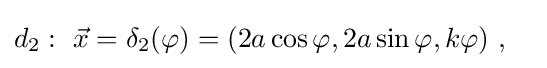
d_{2}:\ {\vec {x}}=\delta _{2}(\varphi )=(2a\cos \varphi ,2a\sin \varphi ,k\varphi )\ ,\quad